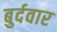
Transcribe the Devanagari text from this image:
बुर्दवार